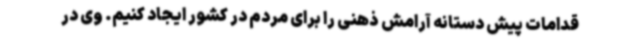
قدامات پیش دستانه آرامش ذهنی را برای مردم در کشور ایجاد کنیم. وی در